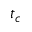
t _ { c }